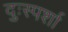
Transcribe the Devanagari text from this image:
दुःस्पर्शा